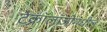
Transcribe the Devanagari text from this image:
टेक्नॉलॉजीमधील